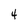
Character: 4